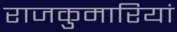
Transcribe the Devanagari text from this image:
राजकुमारियां